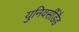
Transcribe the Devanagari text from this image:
युनिवर्सीडैड